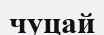
чуцай